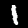
Digit: 1